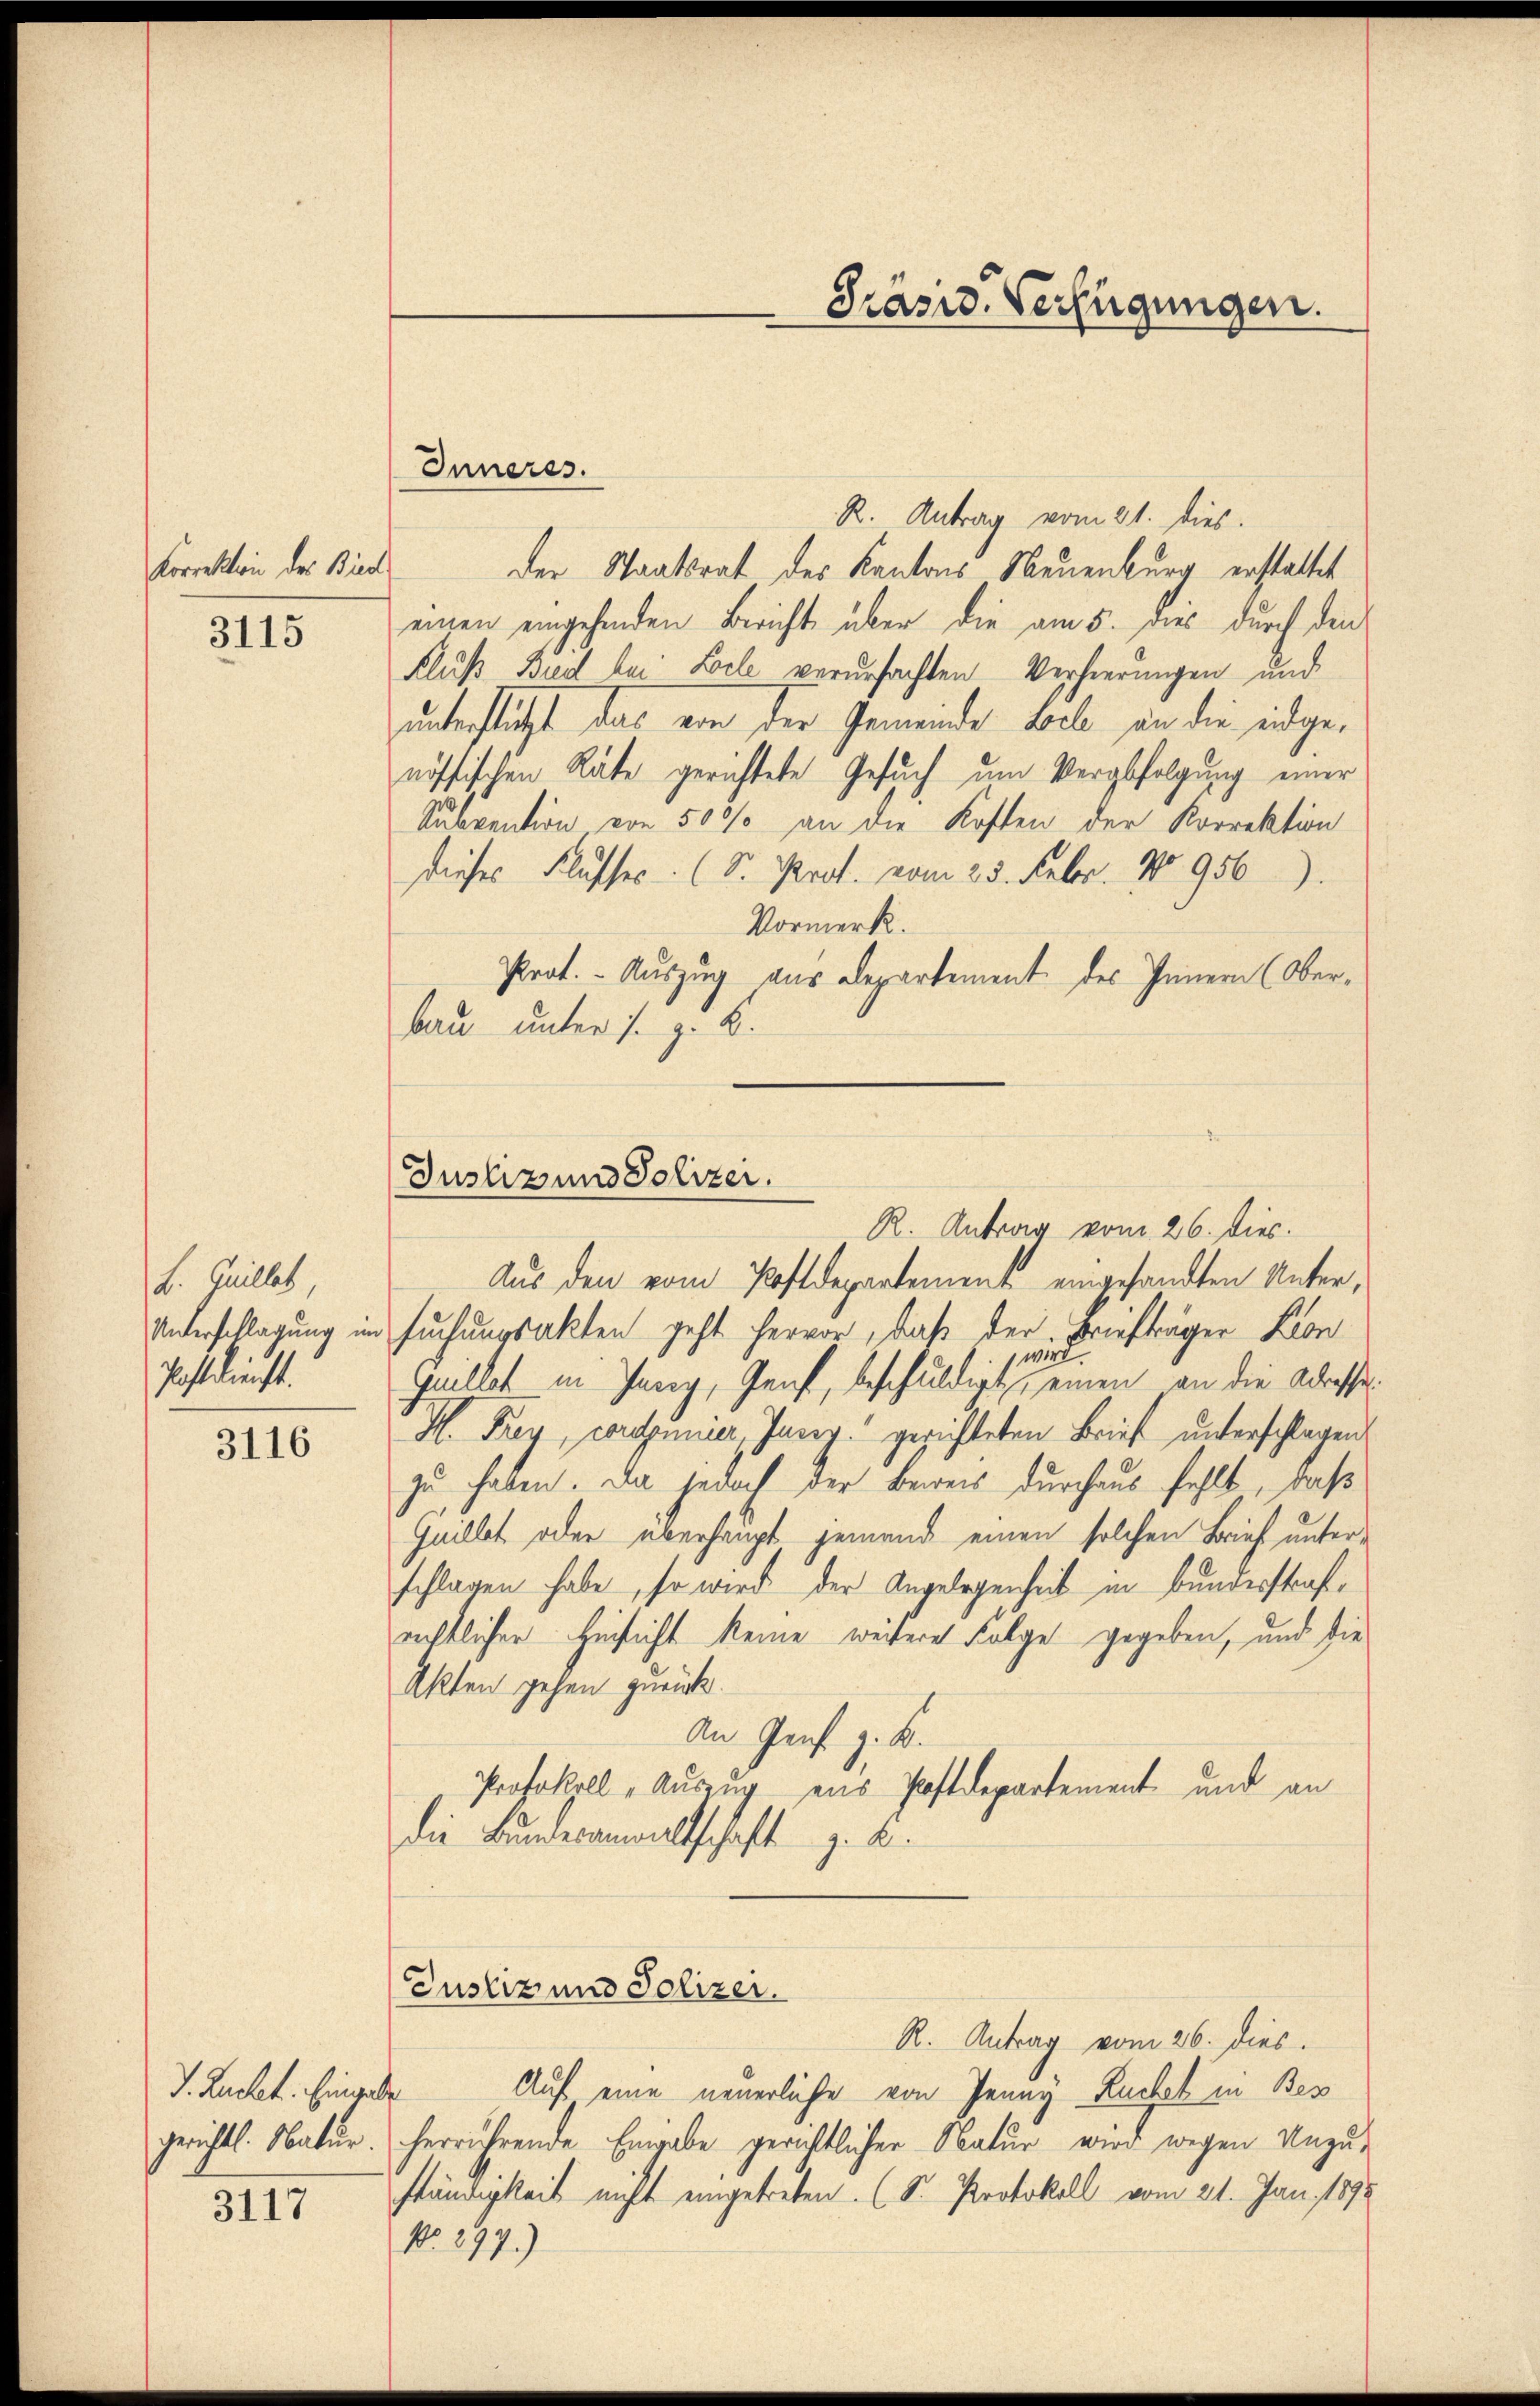
Korrektion des Bierl
3115

L. Quillet
Unterschlagung im
Postdienst.

3116

J. Ruchet. Eingele
gerichts. Natur.
3117

bau unter s. z. B.
Justiz und Polizei.

Präsid. Verfügungen.

Inneres.
R. Antrag vom 21. dies.
der Staatsrat des Kantons Neuenburg erstattet
einen eingehenden Bericht über die am 5. dies durch den
Fluß Bred bei Loele verursachten Verheerungen und
unterstützt das von der Gemeinde Sache, an die endgenössischen Räte gerichtete Gesuch um Verabfolgung einer
Subvention von 500 an die Kosten der Korrektion
dieses Flusser (S. Prof. vom 25. Feber. No 956
Vormerk.
Prot. - Auszug aus Departement des Innern (Ober-
R. Antrag vom 26. Dies.
Aus den vom Postdepartement eingesandten Untersuchungsakten geht hervor, daß der Briefträger Kon
wird.
Guillat in Jary, Genf, beschuldigt, einen an die Adresse
H. Frey, worinner, Juny gerichteten Brief unterschlagen
zu haben. Da jedoch der Beweis durchaus fehlt, daß
Quillet oder überhaupt jemand einen solchen Brief unterschlagen habe, so wird der Angelegenheit in Bundesstrafrichtlicher Hinsicht keine weitere Folge gegeben, und die
Akten gehen zurück.
An Genf z. B.
Protokoll „Auszug aus Postdepartement und an
die Bundesanwaltschaft z. B.
Justiz und Polizei.
R. Antrag vom 26. dies.
Auf eine neuerliche von Jenny Kuchet in Bes
herrührende Eingabe gerichtlicher Natur wird wegen Unzu-
ständigkeit nicht eingetreten. (Dr. Protokoll vom 21. Jan. 1892
No. 297.)